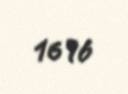
1696